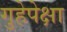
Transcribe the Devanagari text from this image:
गुहेपेक्षा